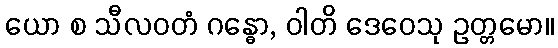
ယော စ သီလဝတံ ဂန္ဓော, ဝါတိ ဒေဝေသု ဥတ္တမော။